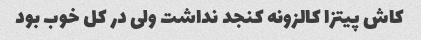
کاش پیتزا کالزونه کنجد نداشت ولی در کل خوب بود